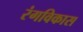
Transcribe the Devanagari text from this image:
रंगविकास